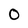
Character: 0